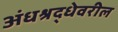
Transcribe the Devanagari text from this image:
अंधश्रद्धेवरील